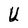
Character: U